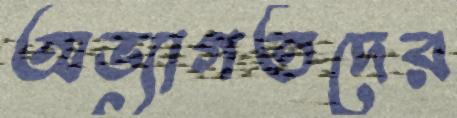
অভ্যাগতদের